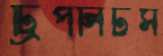
ট্রিপলিটস